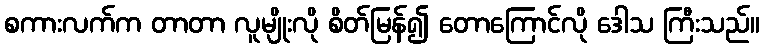
စကားလက်က တာတာ လူမျိုးလို စိတ်မြန်၍ တောကြောင်လို ဒေါသ ကြီးသည်။